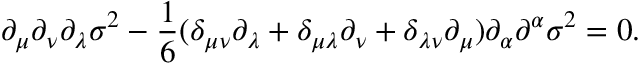
\partial _ { \mu } \partial _ { \nu } \partial _ { \lambda } \sigma ^ { 2 } - \frac { 1 } { 6 } ( \delta _ { \mu \nu } \partial _ { \lambda } + \delta _ { \mu \lambda } \partial _ { \nu } + \delta _ { \lambda \nu } \partial _ { \mu } ) \partial _ { \alpha } \partial ^ { \alpha } \sigma ^ { 2 } = 0 .